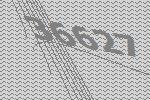
36627